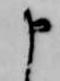
申